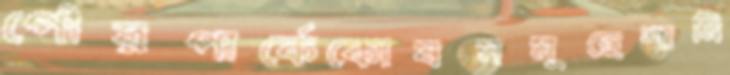
পৌরপার্কেকোষসমূহেশামি